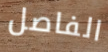
الفاصل